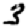
Digit: 3